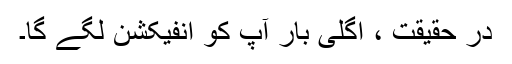
در حقیقت ، اگلی بار آپ کو انفیکشن لگے گا۔